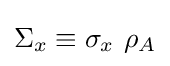
\Sigma _{x}\equiv \sigma _{x}\ \rho _{A}